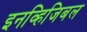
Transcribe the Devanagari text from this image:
इनव्हिजिबल